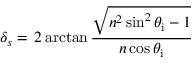
\delta _ { s } = \, 2 \arctan { \frac { \sqrt { n ^ { 2 } \sin ^ { 2 } \theta _ { \mathrm { i } } - 1 } } { n \cos \theta _ { \mathrm { i } } } }